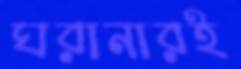
ঘরানারই